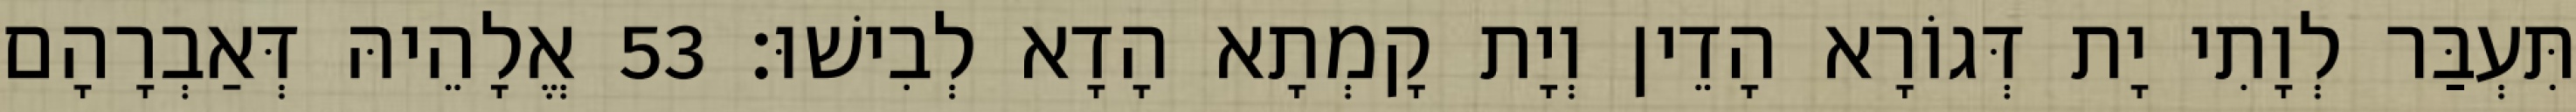
תִּעְבַּר לְוָתִי יָת דְּגוֹרָא הָדֵין וְיָת קָמְתָא הָדָא לְבִישׁוּ׃ 53 אֱלָהֵיהּ דְּאַבְרָהָם